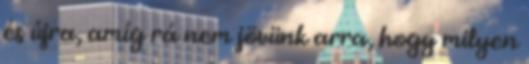
és újra, amíg rá nem jövünk arra, hogy milyen